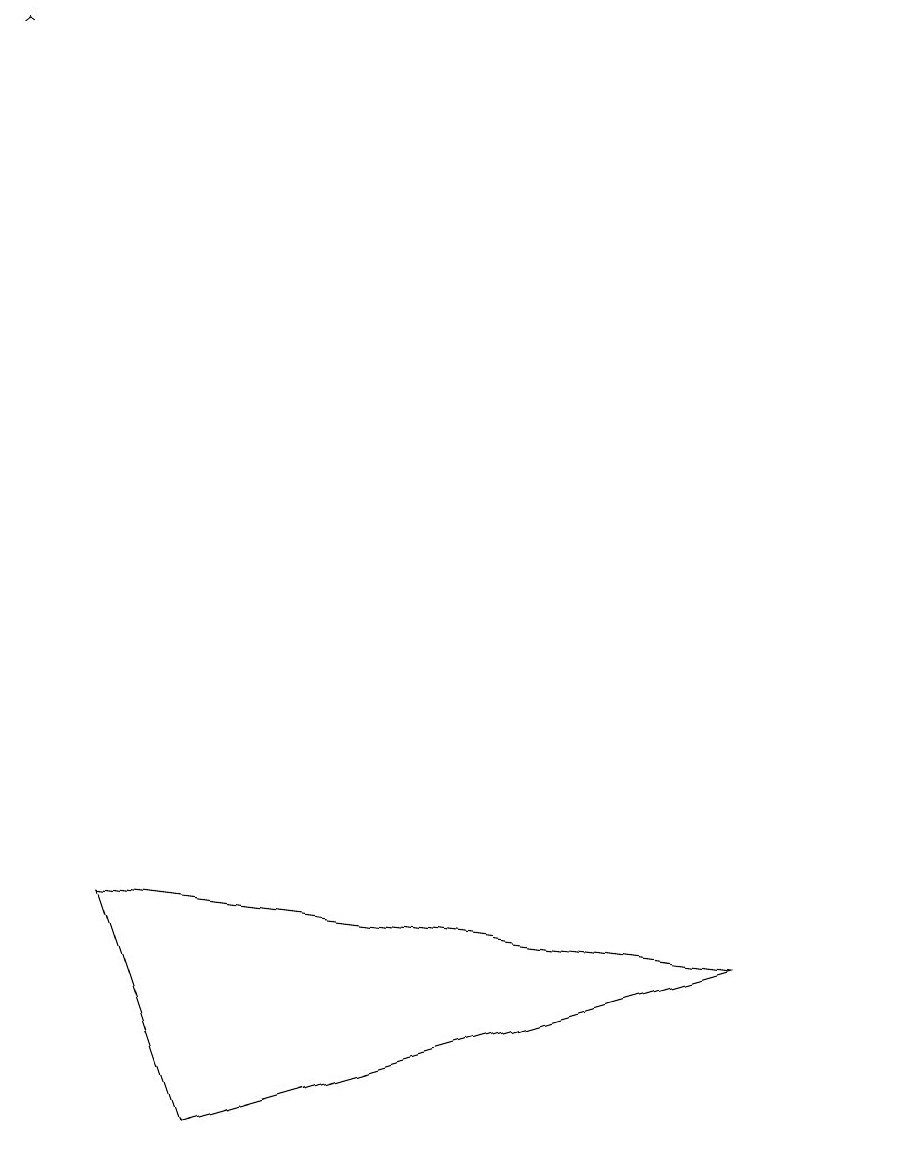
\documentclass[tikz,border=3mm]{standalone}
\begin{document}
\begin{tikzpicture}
\draw[->] (0,17) -- (0,17);
\draw (11,12) circle (0);
\draw (9,5) -- (1,6) -- (2,3) -- cycle;
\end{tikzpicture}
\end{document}